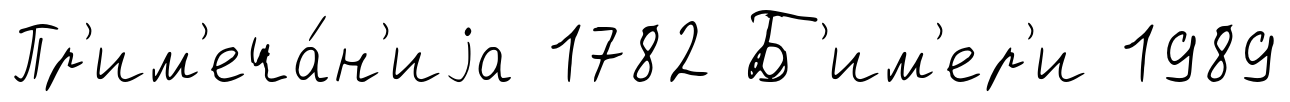
Пр'им'еча́н'иjа 1782 Б'им'ер'и 1989